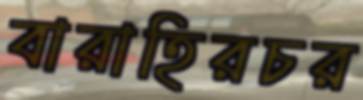
বারাহিরচর